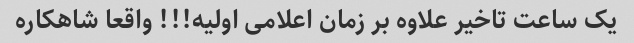
یک ساعت تاخیر علاوه بر زمان اعلامی اولیه!!! واقعا شاهکاره